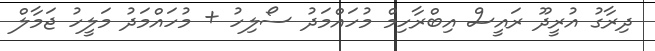
ދިރާގު އުރީދޫ ރައީސް އިބްރާހިމް މުހައްމަދު ސޯލިހު + މުހައްމަދު މަލީހު ޖަމާލް